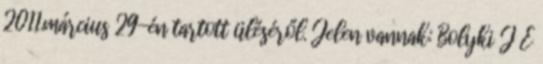
2011.március 29-én tartott üléséről. Jelen vannak: Bolyki J E